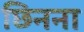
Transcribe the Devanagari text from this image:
छिनना